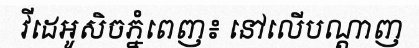
វីដេអូសិចភ្នំពេញ៖ នៅលើបណ្តាញ